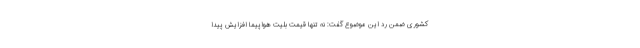
کشوری ضمن رد این موضوع گفت: نه تنها قیمت بلیت هواپیما افزایش پیدا